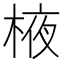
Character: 棭